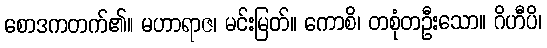
စောဒကတက်၏။ မဟာရာဇ၊ မင်းမြတ်။ ကောစိ၊ တစုံတဦးသော။ ဂိဟီပိ၊